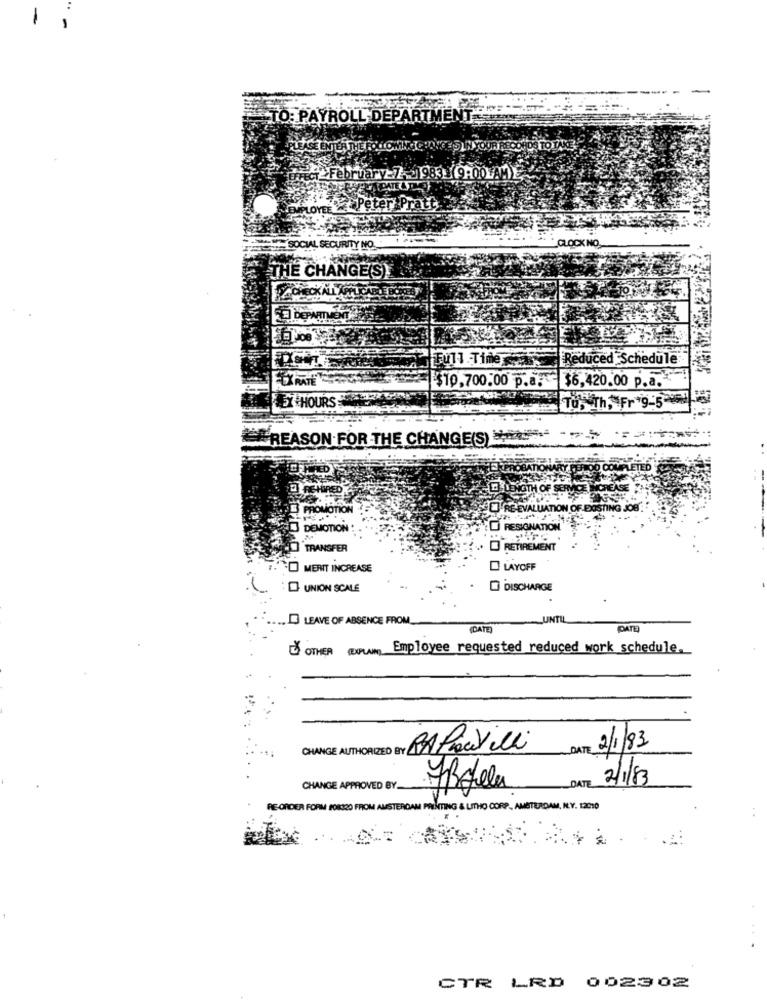
1
TO: PAYROLL DEPARTME
Pet
att
SOCIAL SECURITY NO.
CLOCK NO
THE CHANGE(S)
Full Time
Reduced Schedule
$6,420.00 p.a."
$10,700.00 p.a.
3 HOURS
Tu, Th, Fr 9-5"
REASON FOR THE CHANGE(S)
RE EVALUATION OF DISTING JOB.
DEMOTION
RESIGNATION
TRANSFER
RETIREMENT
MERIT INCREASE
LAYOFF
UNION SCALE
D DISCHARGE
LEAVE OF ABSENCE FROM_
(DATE
(DATE
OTHER (DOPLAN) Employee requested reduced work schedule.
RA Pravilli
DATE
2/1/83
2/1/83
CHANGE APPROVED BY.
ZBolla
DATE
RE ORDER FORM FORIZO FROM AMSTERDAM PRINTING & LITHO CORP. AMSTERDAM, N.Y. 12050
CTR LRD 002302